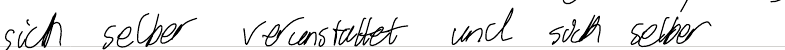
sich selber verunstaltet und sich selber